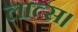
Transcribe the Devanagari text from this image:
लात्स।